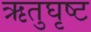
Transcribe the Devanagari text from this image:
ऋतुघृष्ट